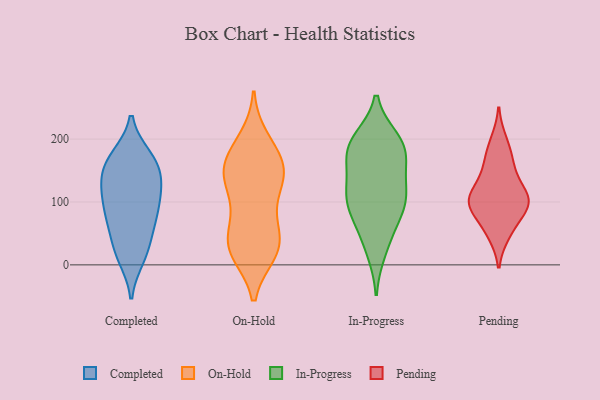
{"axis": {"x": "Budget (USD K)", "y": "Value"}, "legend": ["Completed", "In-Progress", "On-Hold", "Pending"], "data": [{"x": "", "y": 126, "type": "Completed"}, {"x": "", "y": 129, "type": "Completed"}, {"x": "", "y": 142, "type": "Completed"}, {"x": "", "y": 78, "type": "Completed"}, {"x": "", "y": 113, "type": "Completed"}, {"x": "", "y": 91, "type": "Completed"}, {"x": "", "y": 12, "type": "Completed"}, {"x": "", "y": 166, "type": "Completed"}, {"x": "", "y": 99, "type": "Completed"}, {"x": "", "y": 171, "type": "Completed"}, {"x": "", "y": 167, "type": "Completed"}, {"x": "", "y": 21, "type": "Completed"}, {"x": "", "y": 158, "type": "Completed"}, {"x": "", "y": 65, "type": "Completed"}, {"x": "", "y": 62, "type": "Completed"}, {"x": "", "y": 24, "type": "Completed"}, {"x": "", "y": 186, "type": "On-Hold"}, {"x": "", "y": 33, "type": "On-Hold"}, {"x": "", "y": 146, "type": "On-Hold"}, {"x": "", "y": 126, "type": "On-Hold"}, {"x": "", "y": 149, "type": "On-Hold"}, {"x": "", "y": 199, "type": "On-Hold"}, {"x": "", "y": 85, "type": "On-Hold"}, {"x": "", "y": 33, "type": "On-Hold"}, {"x": "", "y": 171, "type": "On-Hold"}, {"x": "", "y": 20, "type": "On-Hold"}, {"x": "", "y": 41, "type": "On-Hold"}, {"x": "", "y": 135, "type": "On-Hold"}, {"x": "", "y": 156, "type": "On-Hold"}, {"x": "", "y": 26, "type": "On-Hold"}, {"x": "", "y": 77, "type": "On-Hold"}, {"x": "", "y": 141, "type": "On-Hold"}, {"x": "", "y": 20, "type": "On-Hold"}, {"x": "", "y": 75, "type": "In-Progress"}, {"x": "", "y": 111, "type": "In-Progress"}, {"x": "", "y": 189, "type": "In-Progress"}, {"x": "", "y": 194, "type": "In-Progress"}, {"x": "", "y": 137, "type": "In-Progress"}, {"x": "", "y": 199, "type": "In-Progress"}, {"x": "", "y": 22, "type": "In-Progress"}, {"x": "", "y": 91, "type": "In-Progress"}, {"x": "", "y": 125, "type": "In-Progress"}, {"x": "", "y": 170, "type": "In-Progress"}, {"x": "", "y": 44, "type": "In-Progress"}, {"x": "", "y": 172, "type": "In-Progress"}, {"x": "", "y": 97, "type": "In-Progress"}, {"x": "", "y": 103, "type": "In-Progress"}, {"x": "", "y": 189, "type": "In-Progress"}, {"x": "", "y": 111, "type": "Pending"}, {"x": "", "y": 49, "type": "Pending"}, {"x": "", "y": 56, "type": "Pending"}, {"x": "", "y": 104, "type": "Pending"}, {"x": "", "y": 89, "type": "Pending"}, {"x": "", "y": 115, "type": "Pending"}, {"x": "", "y": 96, "type": "Pending"}, {"x": "", "y": 144, "type": "Pending"}, {"x": "", "y": 197, "type": "Pending"}, {"x": "", "y": 101, "type": "Pending"}, {"x": "", "y": 91, "type": "Pending"}, {"x": "", "y": 176, "type": "Pending"}, {"x": "", "y": 157, "type": "Pending"}]}